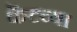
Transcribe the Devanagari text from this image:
केंटच्या